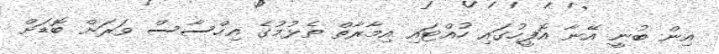
އިން ބުނީ އޭނާ އޮފީހުގައި ހުއްޓައި އިމާރާތް ތެޅުމުގެ އިހްސާސް ވަރަށް ބޮޑަށް